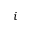
i